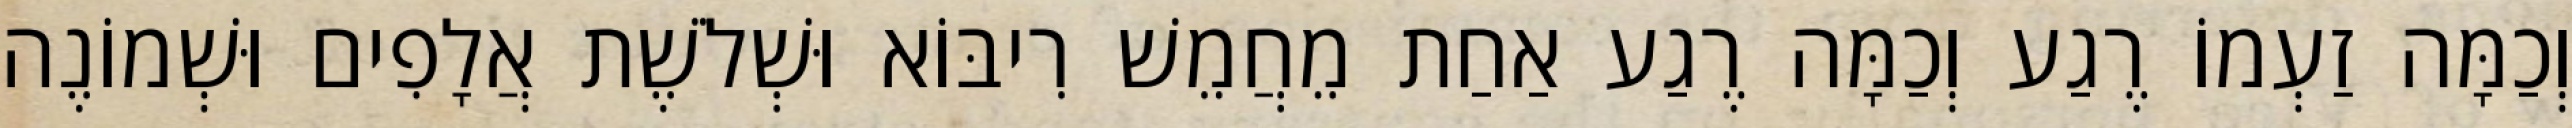
וְכַמָּה זַעְמוֹ רֶגַע וְכַמָּה רֶגַע אַחַת מֵחֲמֵשׁ רִיבּוֹא וּשְׁלֹשֶׁת אֲלָפִים וּשְׁמוֹנֶה